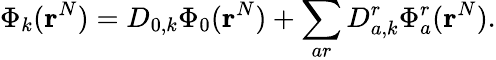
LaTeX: \Phi_{k}(\mathbf{r}^{N})=D_{0,k}\Phi_{0}(\mathbf{r}^{N})+\sum_{ar}D_{a,k}^{r}\Phi_{a}^{r}(\mathbf{r}^{N}).